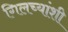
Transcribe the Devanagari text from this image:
गिलच्यांशी